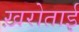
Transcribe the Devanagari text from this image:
ख़रोताई